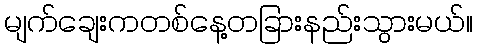
မျက်ချေးကတစ်နေ့တခြားနည်းသွားမယ်။